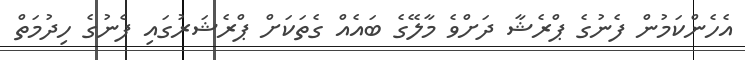
އެހެންކަމުން ފެނުގެ ޕްރެޝާ ދަށްވެ މާލޭގެ ބައެއް ގެތަކަށް ޕްރެޝަރުގައި ފެނުގެ ހިދުމަތް